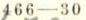
466-30